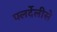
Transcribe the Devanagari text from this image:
फ्लर्देलीसे